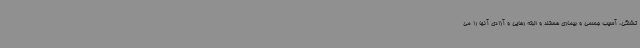
تشنگی، آسیب جسمی و بیماری هستند و البته رهایی و آزادی آنها را می‌